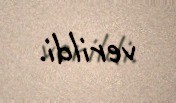
verildi.